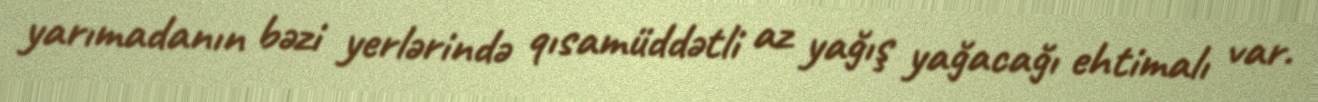
yarımadanın bəzi yerlərində qısamüddətli az yağış yağacağı ehtimalı var.